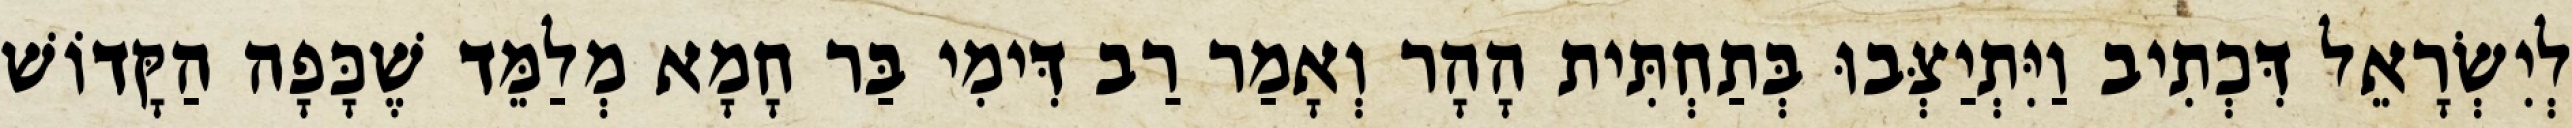
לְיִשְׂרָאֵל דִּכְתִיב וַיִּתְיַצְּבוּ בְּתַחְתִּית הָהָר וְאָמַר רַב דִּימִי בַּר חָמָא מְלַמֵּד שֶׁכָּפָה הַקָּדוֹשׁ